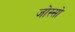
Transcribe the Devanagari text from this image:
जोस्सो